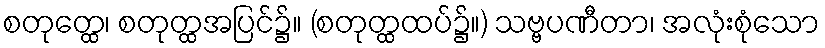
စတုတ္ထေ၊ စတုတ္ထအပြင်၌။ (စတုတ္ထထပ်၌။) သဗ္ဗပဏီတာ၊ အလုံးစုံသော